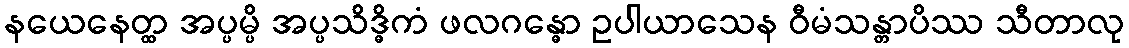
နယေနေတ္ထ အပ္ပမ္ပိ အပ္ပသိဒ္ဓိကံ ဖလဂန္ဓော ဥပါယာသေန ဝီမံသန္တာပိဿ သီတာလု